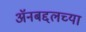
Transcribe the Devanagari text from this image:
अॅनबद्दलच्या